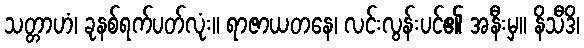
သတ္တာဟံ၊ ခုနစ်ရက်ပတ်လုံး။ ရာဇာယတနေ၊ လင်းလွန်းပင်၏ အနီးမှ။ နိသီဒိ၊